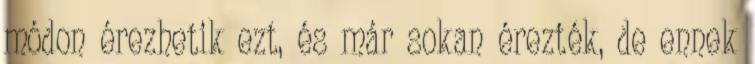
módon érezhetik ezt, és már sokan érezték, de ennek